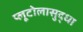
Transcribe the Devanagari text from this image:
प्लूटोलासुद्धा